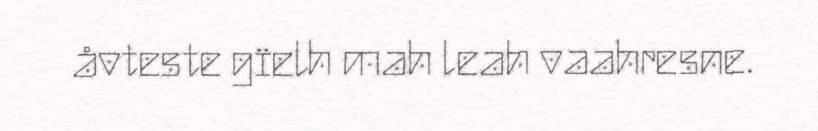
åvteste gïelh mah leah vaahresne.